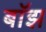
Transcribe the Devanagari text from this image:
बाॅझ